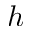
h